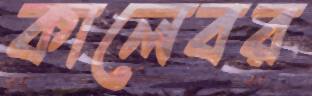
কালেবর